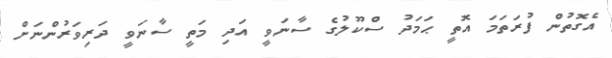
އެގޮތުން ފުރަތަމަ އޮތީ ޙަމަދު ސްކޫލުގެ ސާނަވީ އަދި މަތީ ސާނަވީ ދަރިވަރުންނަށް